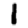
Digit: 1